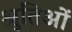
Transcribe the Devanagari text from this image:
श्रुतिओं